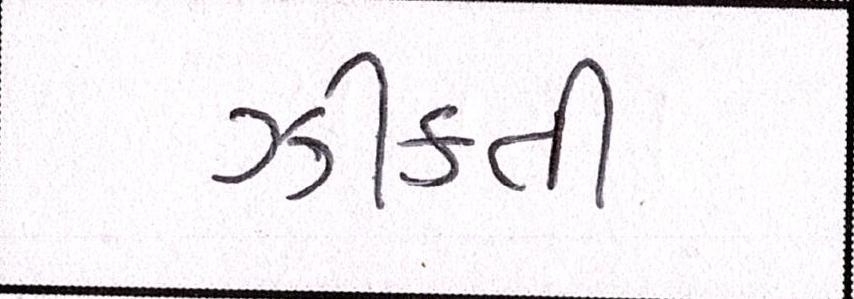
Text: ઝીંકતી